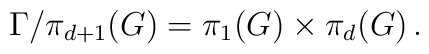
\Gamma/\pi_{d+1}(G)=\pi_1(G)\times\pi_d(G)\,.